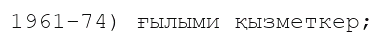
1961–74) ғылыми қызметкер;